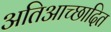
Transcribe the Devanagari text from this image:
अतिआच्छादित